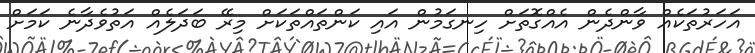
އަހަރުތަކެއް ވާންދެން އެއްގޮތަށް ހިނގަމުން އައި ކަންތައްތަކަށް މިރޭ ބަދަލެއް އަތުވެދާނެ ކަމަށް